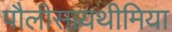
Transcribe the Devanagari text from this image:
पौलीसायथीमिया